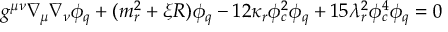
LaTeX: g ^ { \mu \nu } \nabla _ { \mu } \nabla _ { \nu } \phi _ { q } + ( m _ { r } ^ { 2 } + \xi R ) \phi _ { q } - 1 2 \kappa _ { r } \phi _ { c } ^ { 2 } \phi _ { q } + 1 5 \lambda _ { r } ^ { 2 } \phi _ { c } ^ { 4 } \phi _ { q } = 0